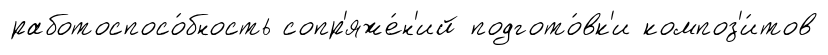
работоспосо́бность сопр'яже́н'ий подгото́вк'и композ'и́тов